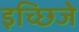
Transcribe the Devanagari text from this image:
इच्छिजे